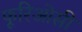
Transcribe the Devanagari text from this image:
फूरिओसी